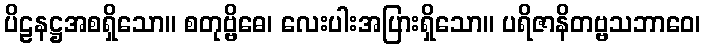
ပိဠနဋ္ဌအစရှိသော။ စတုဗ္ဗိဓေ၊ လေးပါးအပြားရှိသော။ ပရိဇာနိတဗ္ဗသဘာဝေ၊